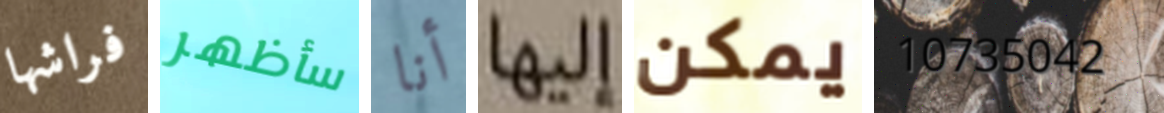
فراشها سأظهر أنا إليها يمكن 10735042